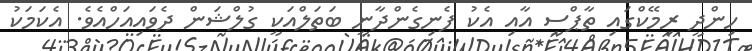
ހިންދީ ރިމޭކްގައި ތާޕްސީ އާއި އެކު ފެނިގެންދާނީ ބަތަލްއަކީ ގުލްޝަން ދެވައިއަހްއެވެ. އެކަމަކު